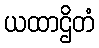
ယထာဌိတံ